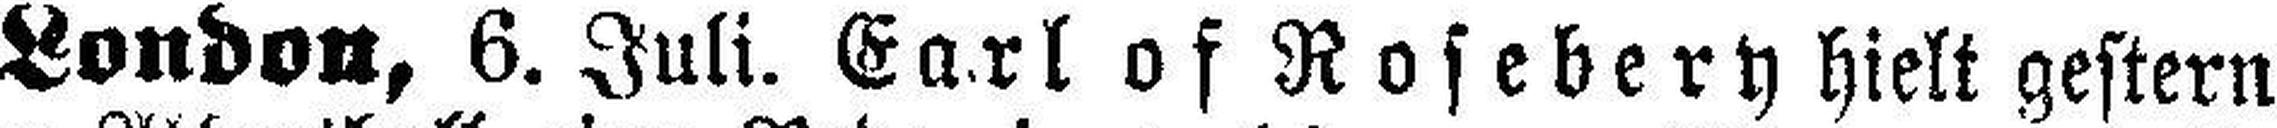
London, 6. Juli. Earl of Rosebery hielt gestern